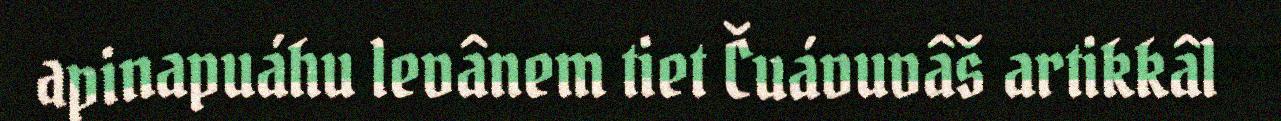
apinapuáhu levânem tiet Čuávuvâš artikkâl